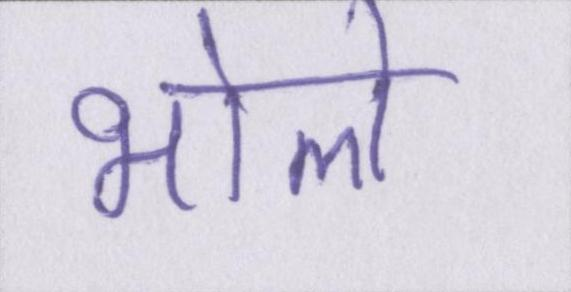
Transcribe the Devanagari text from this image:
भोले